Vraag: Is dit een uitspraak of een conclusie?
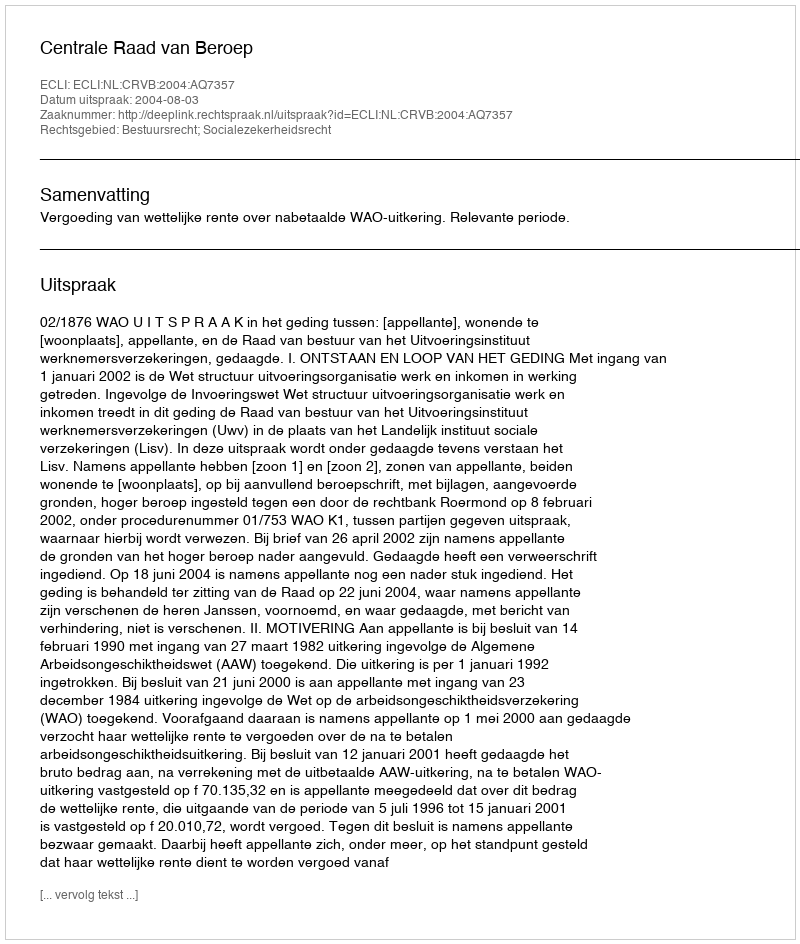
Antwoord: Uitspraak